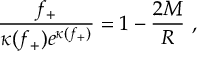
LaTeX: \frac { f _ { + } } { \kappa ( f _ { + } ) e ^ { \kappa ( f _ { + } ) } } = 1 - \frac { 2 M } { R } \ ,